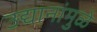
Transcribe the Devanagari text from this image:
उद्यानांमुळे